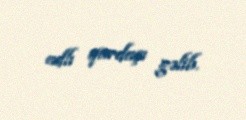
adlı qardaşı gəlib.